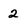
Character: 2